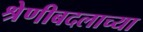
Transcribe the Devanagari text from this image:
श्रेणीबदलाच्या